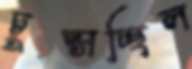
চুপ্‌সচ্ছিল